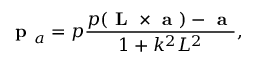
\textbf { p } _ { a } = p \frac { p ( \textbf { L } \times \textbf { a } ) - \textbf { a } } { 1 + k ^ { 2 } L ^ { 2 } } ,